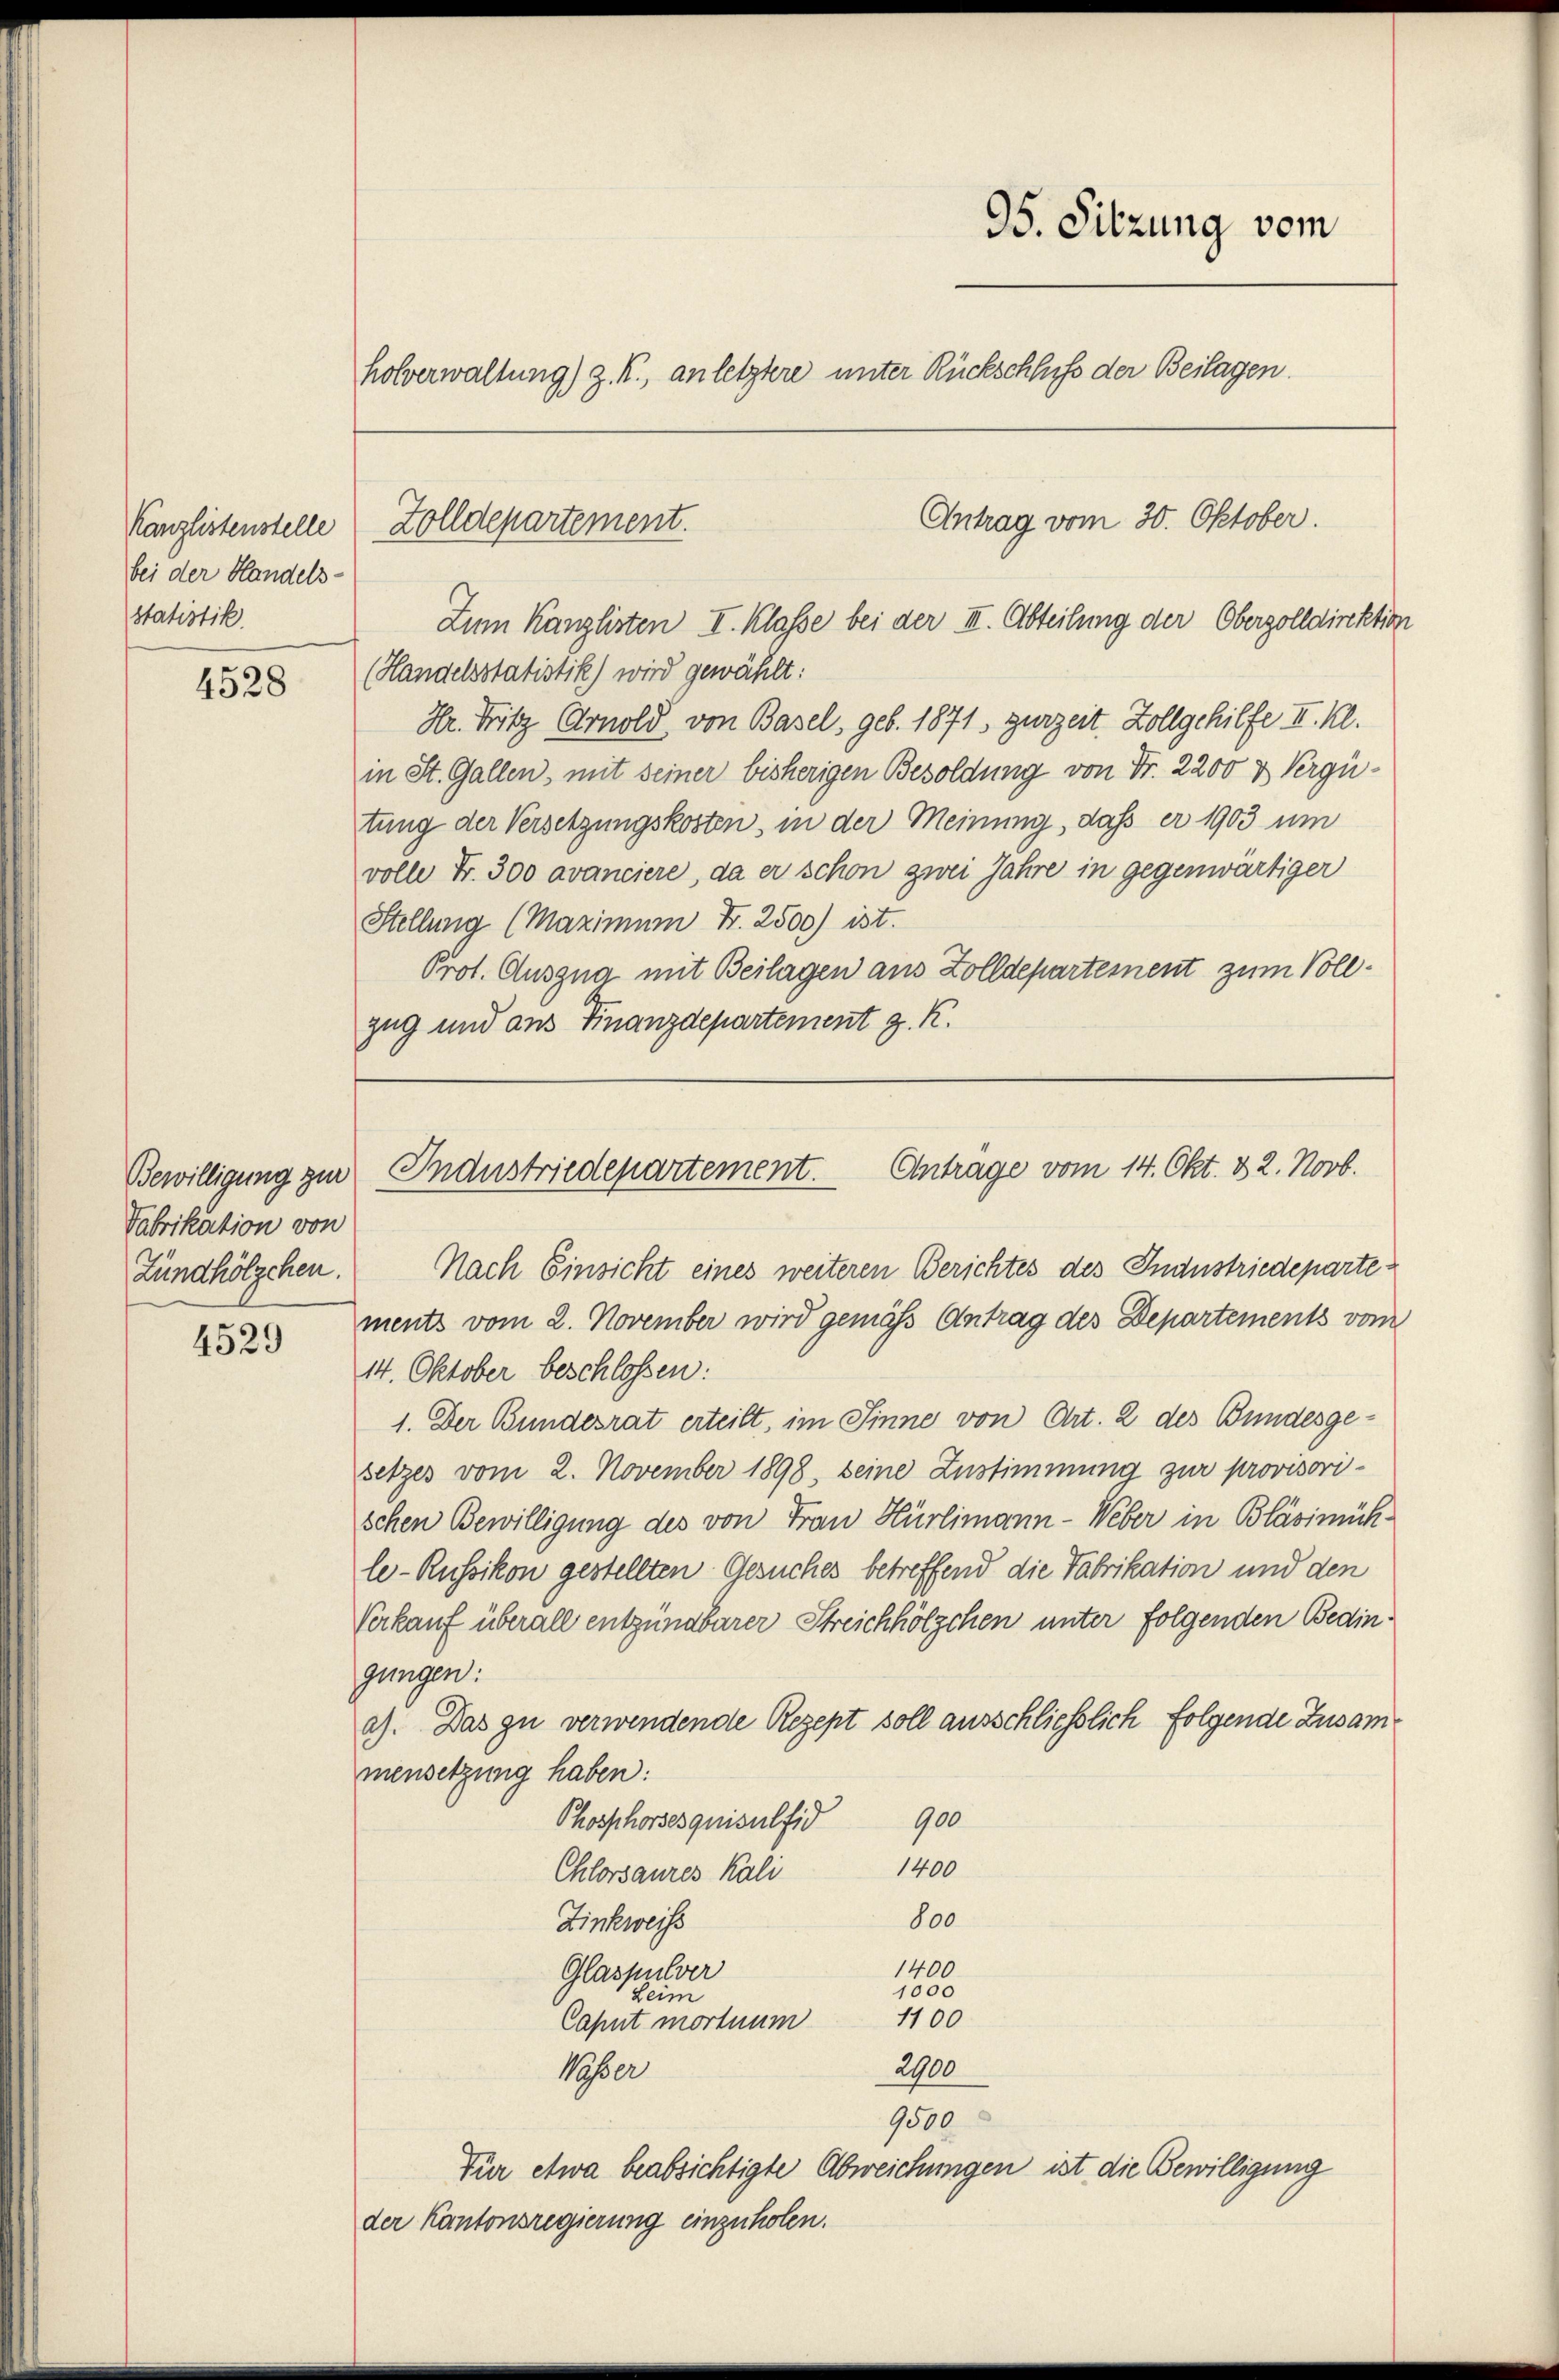
Kanzlistenstelle
bei der Handels-
statistik.

4528

Bewilligung zur
Fabrikation von
Zündhölzchen.

4529

95. Sitzung vom
holverwaltung) z. R., an letztere unter Rückschluß der Beilagen.

Antrag vom 30. Oktober.
Zolldepartement.
Zum Kanzlisten I. Klasse bei der III. Abteilung der Oberzolldirektion

(Handelsstatistik) wird gewählt:
Hr. Fritz Arnold von Basel, geb. 1871, zurzeit. Zollgehilfe II. Kl.
in St. Gallen, mit seiner bisherigen Besoldung von Fr. 2200 & Vergütung der Versetzungskosten, in der Meinung, dass er 1903 um
volle Fr. 300 avanciere, da er schon zwei Jahre in gegenwärtiger
Stellung (Maximum Fr. 2500) ist.
Prot. Ausgna mit Beilagen aus Zolldepartement zum Vollzug und aus Finanzdepartement z. K.

Nach Einsicht eines weiteren Berichtes des Industriedeparte
ments vom 2. November wird gemäß Antrag des Departements vom
14. Oktober beschlossen:
1. Der Bundesrat erteilt, im Sinne von Art. 2 des Bundesgesetzes vom 2. November 1898, seine Zustimmung zur provisorischen Bewilligung des von Frau Hürlimann - Weber in Bläsimühle-Russikon gestellten Gesuches betreffend die Fabrikation und den
Verkauf überall entzünabarer Streichhölzchen unter folgenden Bedingungen:
a). Das zu verwendende Rezept soll ausschliesslich folgende Zusammensetzung haben:
Phosphorsesquisulfid 900
1400
Chlorsaures Kali
800
Zinkweiss
1400
Glaspulver
1000
Leim
1100
Caput mortnum
2900
Moser
9500
Für etwa beabsichtigte Abweichungen ist die Bewilligung
der Kantonsregierung einzuholen.

Industriedepartement. Antrage vom 14. Okt. 32. Novb.